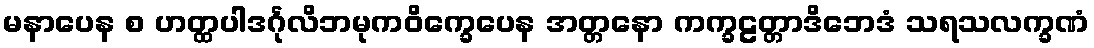
မနာပေန စ ဟတ္ထပါဒင်္ဂုလိဘမုကဝိက္ခေပေန အတ္တနော ကက္ခဠတ္တာဒိဘေဒံ သရသလက္ခဏံ